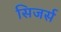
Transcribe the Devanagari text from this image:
सिजर्स